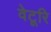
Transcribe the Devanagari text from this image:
वेटूरि